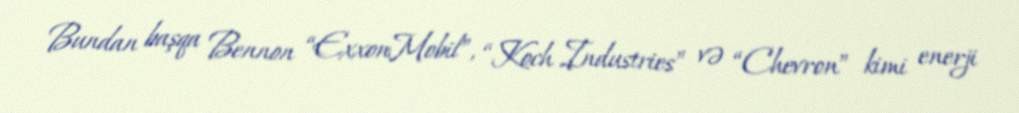
Bundan başqa Bennon “ExxonMobil”, “Koch Industries” və “Chevron” kimi enerji